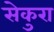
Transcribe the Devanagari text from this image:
सेकुरा